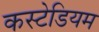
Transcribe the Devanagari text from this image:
कस्टेडियम